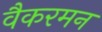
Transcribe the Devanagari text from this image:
वैकरमन